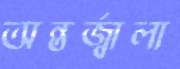
অন্তর্জ্বালা